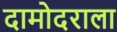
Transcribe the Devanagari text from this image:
दामोदराला